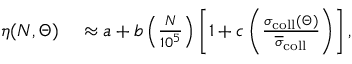
\begin{array} { r l } { \eta ( N , \Theta ) } & { { } \approx a + b \left( \frac { N } { 1 0 ^ { 5 } } \right) \left[ 1 + c \left( \frac { \sigma _ { \mathrm { c o l l } } ( \Theta ) } { \overline { { \sigma } } _ { \mathrm { c o l l } } } \right) \right] , } \end{array}